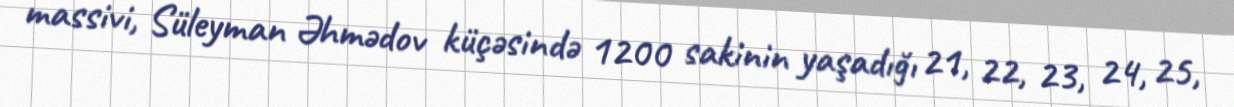
massivi, Süleyman Əhmədov küçəsində 1200 sakinin yaşadığı 21, 22, 23, 24, 25,